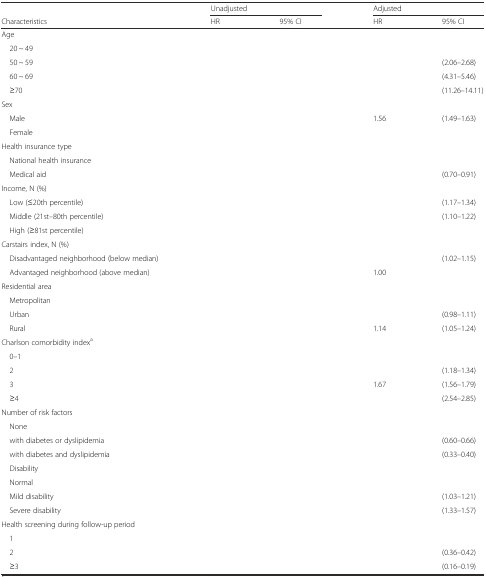
<table><thead><tr><td>[EMPTY_CELL]</td><td colspan="2"><b>Unadjusted</b></td><td colspan="2"><b>Adjusted</b></td></tr><tr><td><b>Characteristics</b></td><td><b>HR</b></td><td><b>95% CI</b></td><td><b>HR</b></td><td><b>95% CI</b></td></tr></thead><tbody><tr><td>Age</td><td>[EMPTY_CELL]</td><td>[EMPTY_CELL]</td><td>[EMPTY_CELL]</td><td>[EMPTY_CELL]</td></tr><tr><td> 20 ~ 49</td><td>[EMPTY_CELL]</td><td>[EMPTY_CELL]</td><td>[EMPTY_CELL]</td><td>[EMPTY_CELL]</td></tr><tr><td> 50 ~ 59</td><td>[EMPTY_CELL]</td><td>[EMPTY_CELL]</td><td>[EMPTY_CELL]</td><td>(2.06–2.68)</td></tr><tr><td> 60 ~ 69</td><td>[EMPTY_CELL]</td><td>[EMPTY_CELL]</td><td>[EMPTY_CELL]</td><td>(4.31–5.46)</td></tr><tr><td> ≥70</td><td>[EMPTY_CELL]</td><td>[EMPTY_CELL]</td><td>[EMPTY_CELL]</td><td>(11.26–14.11)</td></tr><tr><td>Sex</td><td>[EMPTY_CELL]</td><td>[EMPTY_CELL]</td><td>[EMPTY_CELL]</td><td>[EMPTY_CELL]</td></tr><tr><td> Male</td><td>[EMPTY_CELL]</td><td>[EMPTY_CELL]</td><td>1.56</td><td>(1.49–1.63)</td></tr><tr><td> Female</td><td>[EMPTY_CELL]</td><td>[EMPTY_CELL]</td><td>[EMPTY_CELL]</td><td>[EMPTY_CELL]</td></tr><tr><td>Health insurance type</td><td>[EMPTY_CELL]</td><td>[EMPTY_CELL]</td><td>[EMPTY_CELL]</td><td>[EMPTY_CELL]</td></tr><tr><td> National health insurance</td><td>[EMPTY_CELL]</td><td>[EMPTY_CELL]</td><td>[EMPTY_CELL]</td><td>[EMPTY_CELL]</td></tr><tr><td> Medical aid</td><td>[EMPTY_CELL]</td><td>[EMPTY_CELL]</td><td>[EMPTY_CELL]</td><td>(0.70–0.91)</td></tr><tr><td>Income, N (%)</td><td>[EMPTY_CELL]</td><td>[EMPTY_CELL]</td><td>[EMPTY_CELL]</td><td>[EMPTY_CELL]</td></tr><tr><td> Low (≤20th percentile)</td><td>[EMPTY_CELL]</td><td>[EMPTY_CELL]</td><td>[EMPTY_CELL]</td><td>(1.17–1.34)</td></tr><tr><td> Middle (21st–80th percentile)</td><td>[EMPTY_CELL]</td><td>[EMPTY_CELL]</td><td>[EMPTY_CELL]</td><td>(1.10–1.22)</td></tr><tr><td> High (≥81st percentile)</td><td>[EMPTY_CELL]</td><td>[EMPTY_CELL]</td><td>[EMPTY_CELL]</td><td>[EMPTY_CELL]</td></tr><tr><td>Carstairs index, N (%)</td><td>[EMPTY_CELL]</td><td>[EMPTY_CELL]</td><td>[EMPTY_CELL]</td><td>[EMPTY_CELL]</td></tr><tr><td> Disadvantaged neighborhood (below median)</td><td>[EMPTY_CELL]</td><td>[EMPTY_CELL]</td><td>[EMPTY_CELL]</td><td>(1.02–1.15)</td></tr><tr><td> Advantaged neighborhood (above median)</td><td>[EMPTY_CELL]</td><td>[EMPTY_CELL]</td><td>1.00</td><td>[EMPTY_CELL]</td></tr><tr><td>Residential area</td><td>[EMPTY_CELL]</td><td>[EMPTY_CELL]</td><td>[EMPTY_CELL]</td><td>[EMPTY_CELL]</td></tr><tr><td> Metropolitan</td><td>[EMPTY_CELL]</td><td>[EMPTY_CELL]</td><td>[EMPTY_CELL]</td><td>[EMPTY_CELL]</td></tr><tr><td> Urban</td><td>[EMPTY_CELL]</td><td>[EMPTY_CELL]</td><td>[EMPTY_CELL]</td><td>(0.98–1.11)</td></tr><tr><td> Rural</td><td>[EMPTY_CELL]</td><td>[EMPTY_CELL]</td><td>1.14</td><td>(1.05–1.24)</td></tr><tr><td>Charlson comorbidity index<sup>a</sup></td><td>[EMPTY_CELL]</td><td>[EMPTY_CELL]</td><td>[EMPTY_CELL]</td><td>[EMPTY_CELL]</td></tr><tr><td> 0–1</td><td>[EMPTY_CELL]</td><td>[EMPTY_CELL]</td><td>[EMPTY_CELL]</td><td>[EMPTY_CELL]</td></tr><tr><td> 2</td><td>[EMPTY_CELL]</td><td>[EMPTY_CELL]</td><td>[EMPTY_CELL]</td><td>(1.18–1.34)</td></tr><tr><td> 3</td><td>[EMPTY_CELL]</td><td>[EMPTY_CELL]</td><td>1.67</td><td>(1.56–1.79)</td></tr><tr><td> ≥4</td><td>[EMPTY_CELL]</td><td>[EMPTY_CELL]</td><td>[EMPTY_CELL]</td><td>(2.54–2.85)</td></tr><tr><td>Number of risk factors</td><td>[EMPTY_CELL]</td><td>[EMPTY_CELL]</td><td>[EMPTY_CELL]</td><td>[EMPTY_CELL]</td></tr><tr><td> None</td><td>[EMPTY_CELL]</td><td>[EMPTY_CELL]</td><td>[EMPTY_CELL]</td><td>[EMPTY_CELL]</td></tr><tr><td> with diabetes or dyslipidemia</td><td>[EMPTY_CELL]</td><td>[EMPTY_CELL]</td><td>[EMPTY_CELL]</td><td>(0.60–0.66)</td></tr><tr><td> with diabetes and dyslipidemia</td><td>[EMPTY_CELL]</td><td>[EMPTY_CELL]</td><td>[EMPTY_CELL]</td><td>(0.33–0.40)</td></tr><tr><td> Disability</td><td>[EMPTY_CELL]</td><td>[EMPTY_CELL]</td><td>[EMPTY_CELL]</td><td>[EMPTY_CELL]</td></tr><tr><td> Normal</td><td>[EMPTY_CELL]</td><td>[EMPTY_CELL]</td><td>[EMPTY_CELL]</td><td>[EMPTY_CELL]</td></tr><tr><td> Mild disability</td><td>[EMPTY_CELL]</td><td>[EMPTY_CELL]</td><td>[EMPTY_CELL]</td><td>(1.03–1.21)</td></tr><tr><td> Severe disability</td><td>[EMPTY_CELL]</td><td>[EMPTY_CELL]</td><td>[EMPTY_CELL]</td><td>(1.33–1.57)</td></tr><tr><td>Health screening during follow-up period</td><td>[EMPTY_CELL]</td><td>[EMPTY_CELL]</td><td>[EMPTY_CELL]</td><td>[EMPTY_CELL]</td></tr><tr><td> 1</td><td>[EMPTY_CELL]</td><td>[EMPTY_CELL]</td><td>[EMPTY_CELL]</td><td>[EMPTY_CELL]</td></tr><tr><td> 2</td><td>[EMPTY_CELL]</td><td>[EMPTY_CELL]</td><td>[EMPTY_CELL]</td><td>(0.36–0.42)</td></tr><tr><td> ≥3</td><td>[EMPTY_CELL]</td><td>[EMPTY_CELL]</td><td>[EMPTY_CELL]</td><td>(0.16–0.19)</td></tr></tbody></table>